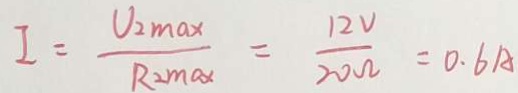
I = \frac { V _ { 2 } \max } { R _ { 2 } m a } = \frac { 1 2 V } { 2 0 \Omega } = 0 . 6 A